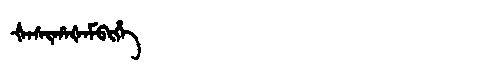
Manchu: ᡧᠠᠰᡳᡥᠠᡧᠠᠮᠪᡳᡥᡝ
Romanization: ŠASIHAŠAMBIHE